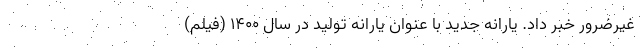
غیرضرور خبر داد. یارانه جدید با عنوان یارانه تولید در سال ۱۴۰۰ (فیلم)